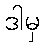
ဒါမှ